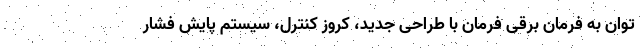
توان به فرمان برقی فرمان با طراحی جدید، کروز کنترل، سیستم پایش فشار